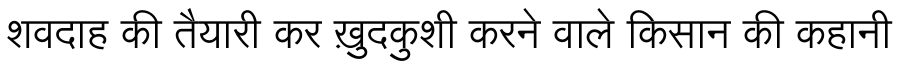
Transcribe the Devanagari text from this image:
शवदाह की तैयारी कर ख़ुदकुशी करने वाले किसान की कहानी